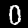
Label: 0